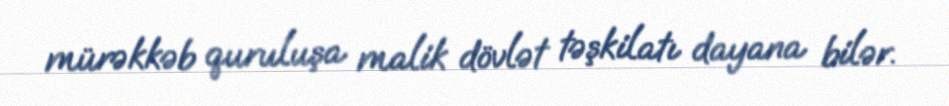
mürəkkəb quruluşa malik dövlət təşkilatı dayana bilər.